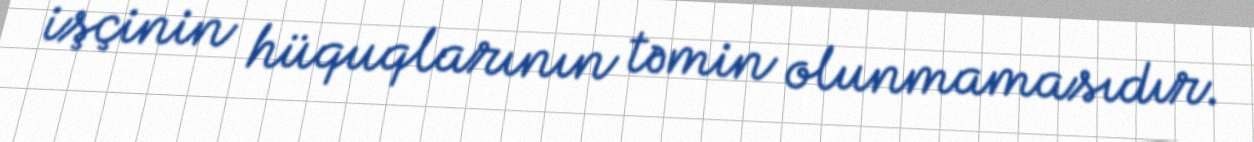
işçinin hüquqlarının təmin olunmamasıdır.